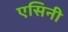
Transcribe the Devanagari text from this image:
एसिनी